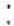
: